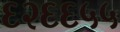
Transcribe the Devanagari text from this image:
६२६६५५